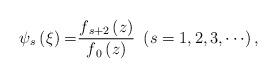
LaTeX: \begin{align*}\psi {_{s}\left( \xi \right) =}\frac{f{_{s+2}\left( z\right) }}{f{_{0}\left(z\right) }}\ \left( {s=1,2,3,\cdots }\right) , \end{align*}